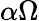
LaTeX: \alpha\Omega